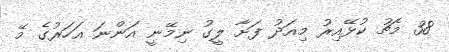
38 މެޗު ކުޅޭއިރު މިއަދު ފަށާ ލީގު ނިމޭނީ އަންނަ އަހަރުގެ މޭ